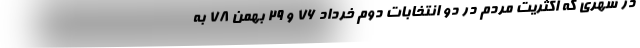
در شهری که اکثریت مردم در دو انتخابات دوم خرداد 76 و 29 بهمن 78 به